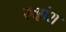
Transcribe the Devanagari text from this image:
रुक्षांश